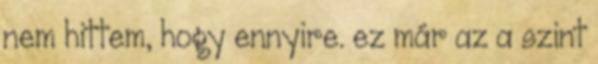
nem hittem, hogy ennyire. ez már az a szint